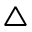
\triangle